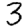
Digit: 3